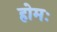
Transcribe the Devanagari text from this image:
होमः